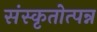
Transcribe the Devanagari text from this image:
संस्कृतोत्पन्न